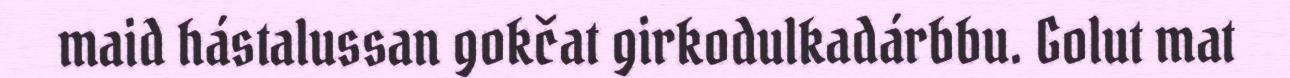
maid hástalussan gokčat girkodulkadárbbu. Golut mat